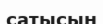
сатысын